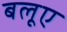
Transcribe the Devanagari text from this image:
बलूए